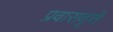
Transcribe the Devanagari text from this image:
प्रवासवृत्ते